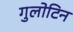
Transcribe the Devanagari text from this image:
गुलोटिन